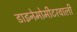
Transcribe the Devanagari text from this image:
डाइनेमोमीटरवाली